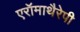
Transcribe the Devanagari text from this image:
एरॉमाथैरेपी